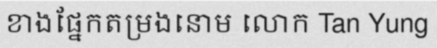
ខាងផ្នែកតម្រងនោម លោក Tan Yung